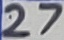
Text: 27